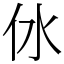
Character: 㲻